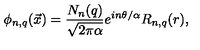
\phi _ { n , q } ( { \vec { x } } ) = { \frac { N _ { n } ( q ) } { \sqrt { 2 \pi \alpha } } } e ^ { i n \theta / \alpha } R _ { n , q } ( r ) ,